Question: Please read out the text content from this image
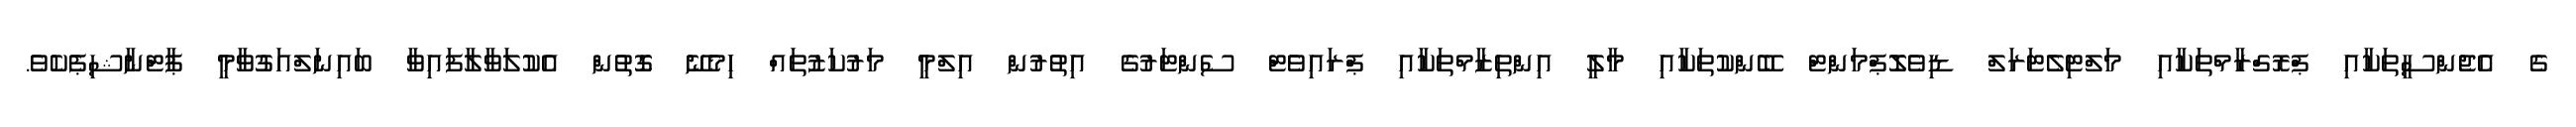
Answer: ގެ އެޖެންސީތަކާއި ޕްރޮގްރާމްތަކާއި މަލްޓިލެޓަރަލް ޑިވެލޮޕްމަންޓް ބޭންކުތަކާއި މާލީ އިންތިޒާމްތަކާއި ޕްރައިވެޓް ސެންޓަރުގެ އިތުރުން އިލްމީ މަރުކަޒުތައް ހިމެނޭ ގޮތުން އެކުލަވާލާފައިވާ ބައިނަލްއަގުވާމީ ޕާޓްނާޝިޕެކެވެ.